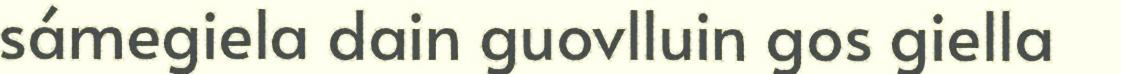
sámegiela dain guovlluin gos giella